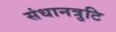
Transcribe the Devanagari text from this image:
संधानत्रुटि